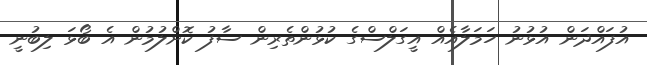
އުފައްދަން އުޅުނު ހަމަލާއެއް އީގަލްސްގެ ކުޅުންތެރިން ސާފު ކޮށްލުމުން އެ ބޯޅަ ލިބުނީ